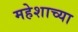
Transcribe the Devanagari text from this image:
महेशाच्या